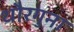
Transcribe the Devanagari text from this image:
थौरगुना